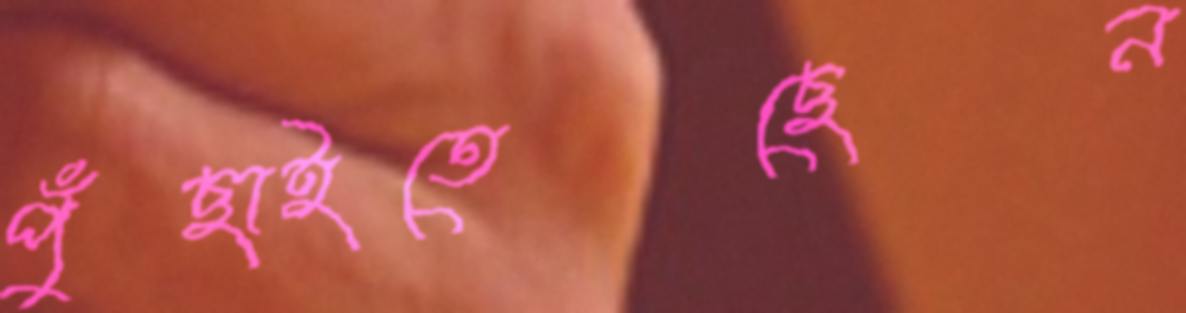
পুঁছাইতেছেন